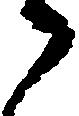
々